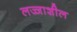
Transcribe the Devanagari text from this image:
लज्जाशील